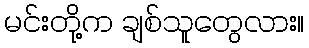
မင်းတို့က ချစ်သူတွေလား။